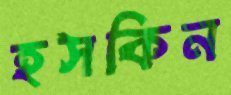
হসকিন